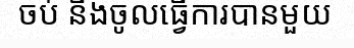
ចប់ និងចូលធ្វើការបានមួយ